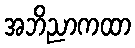
အဘိညာကထာ